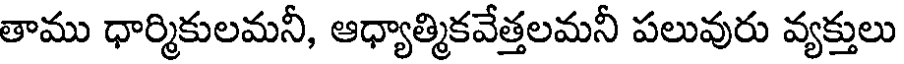
తాము ధార్మికులమనీ, ఆధ్యాత్మికవేత్తలమనీ పలువురు వ్యక్తులు